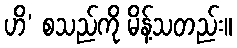
ဟိ’ စသည်ကို မိန့်သတည်း။